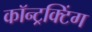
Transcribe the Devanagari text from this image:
कॉन्ट्रक्टिंग